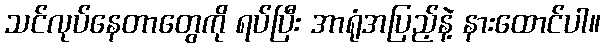
သင်လုပ်နေတာတွေကို ရပ်ပြီး အာရုံအပြည့်နဲ့ နားထောင်ပါ။